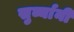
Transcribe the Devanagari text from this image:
सुर्व्यानी